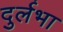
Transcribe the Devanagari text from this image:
दुर्लभा